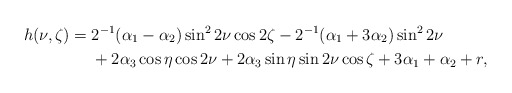
\begin{align*}h(\nu,\zeta) ={}&2^{-1}(\alpha_1 - \alpha_2) \sin^2 2\nu \cos2\zeta-2^{-1}(\alpha_1 + 3\alpha_2) \sin^2 2\nu \\&+2\alpha_3 \cos \eta \cos 2\nu +2\alpha_3 \sin \eta \sin 2\nu \cos\zeta +3\alpha_1+\alpha_2+r,\end{align*}